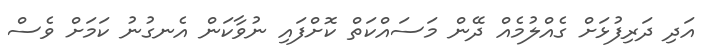
އަދި ދަރިފުޅަށް ގެއްލުމެއް ދޭން މަސައްކަތް ކޮށްފައި ނުވާކަން އެނގުނު ކަމަށް ވެސް